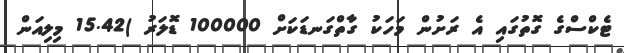
ޓެކްސްގެ ގޮތުގައި އެ ރަށުން މަހަކު ގާތްގަނޑަކަށް 100000 ޑޮލަރު )15.42 މިލިއަން